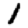
Digit: 1